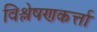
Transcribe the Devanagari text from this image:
विश्लेषणकर्त्ता